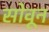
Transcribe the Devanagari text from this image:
सोवून